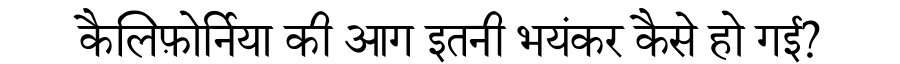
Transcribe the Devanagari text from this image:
कैलिफ़ोर्निया की आग इतनी भयंकर कैसे हो गई?